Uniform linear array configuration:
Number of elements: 12
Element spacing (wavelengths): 0.75
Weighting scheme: binomial
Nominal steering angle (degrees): -60
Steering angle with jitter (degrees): -59.871
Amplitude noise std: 0.05
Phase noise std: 0.05

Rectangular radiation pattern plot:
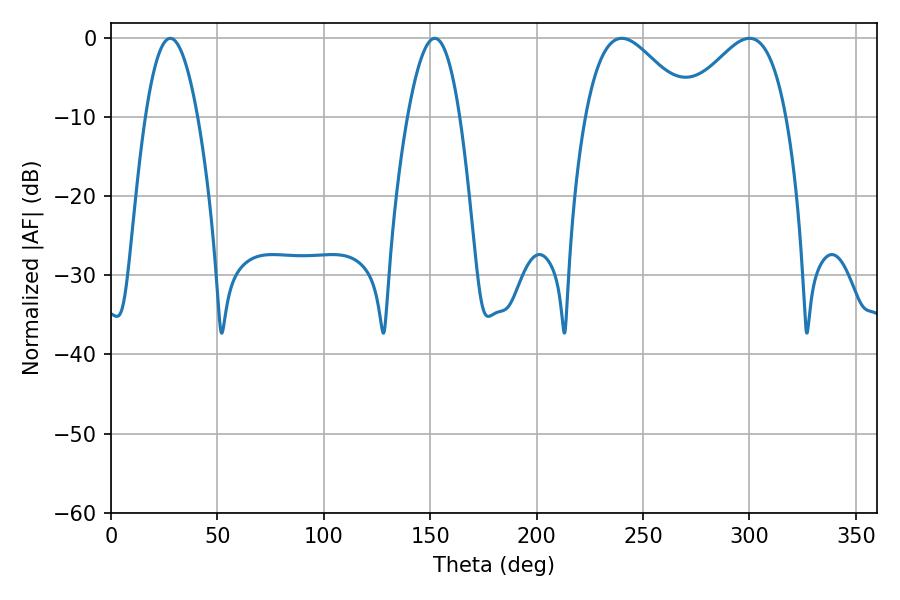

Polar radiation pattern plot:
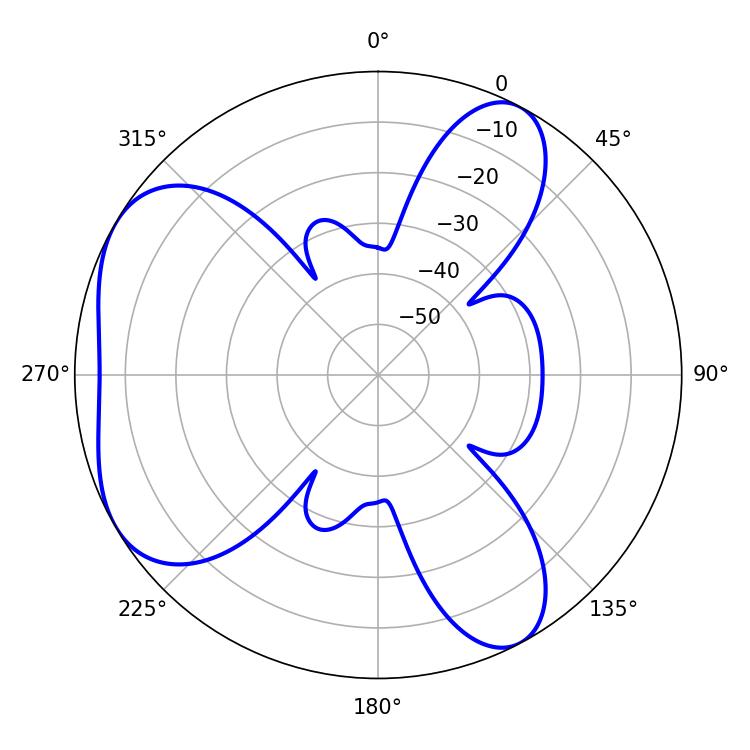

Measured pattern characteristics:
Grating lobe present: TRUE
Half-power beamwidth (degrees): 26.46
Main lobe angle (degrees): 239.94